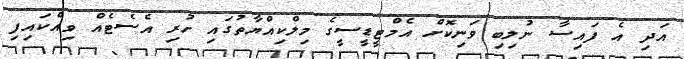
އަދި އެ ފައިސާ ނުލިބި ވަނިކޮށް އެމްޓީޑީސީގެ މިލްކިއްޔާތުގައި ހުރި އެސެޓެއް ވިއްކައިފި